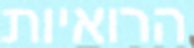
הרואיות